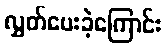
လွှတ်ပေးခဲ့ကြောင်း